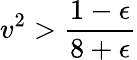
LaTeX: v^{2}>\frac{1-\epsilon}{8+\epsilon}